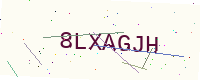
Text: 8LXAGJH